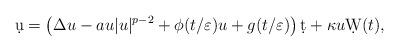
LaTeX: \begin{align*} \d u=\left(\Delta u-au|u|^{p-2}+\phi(t/\varepsilon)u+g(t/\varepsilon)\right) \d t+\kappa u\d W(t),\end{align*}